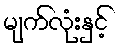
မျက်လုံးနှင့်